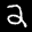
Label: 2